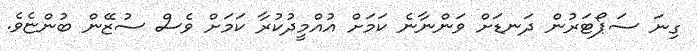
ގިނަ ސަޕޯޓަރުން ދަނޑަށް ވަންނާނެ ކަމަށް އުއްމީދުކުރާ ކަމަށް ވެސް ސުޒޭން ބުންޏެވެ.